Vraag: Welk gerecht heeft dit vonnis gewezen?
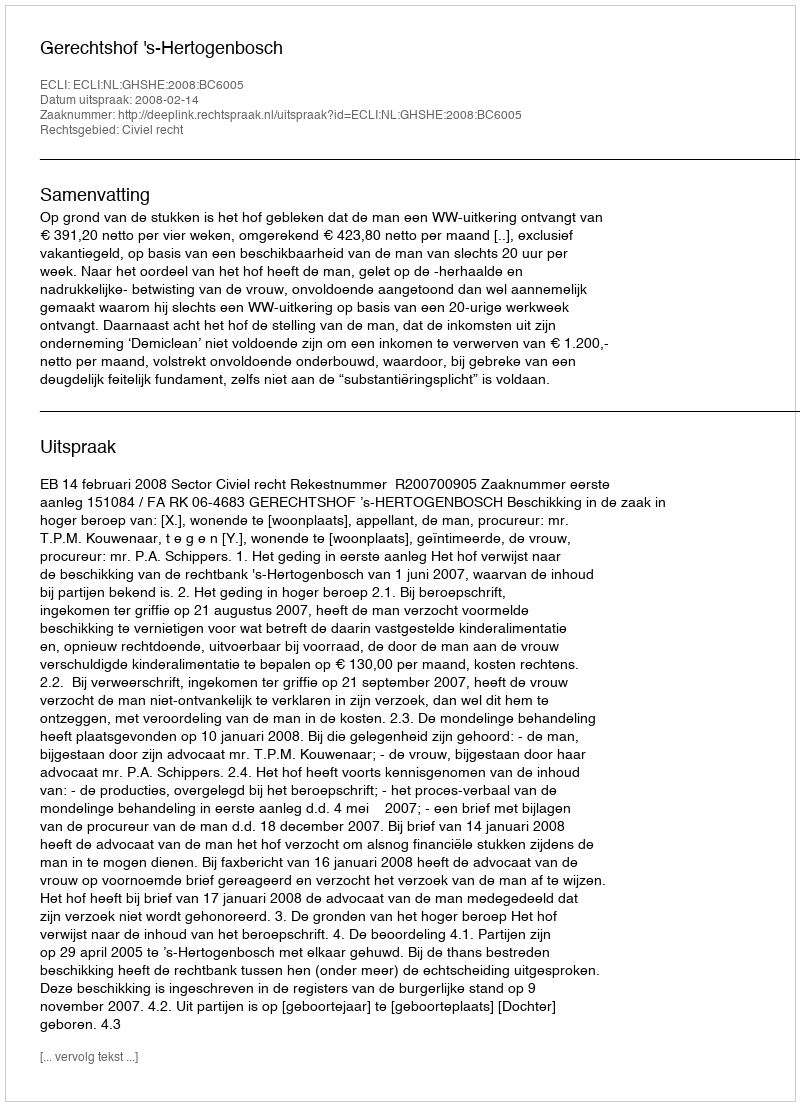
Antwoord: Gerechtshof 's-Hertogenbosch